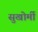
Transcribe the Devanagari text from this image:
सुखोर्मी